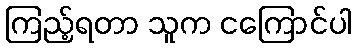
ကြည့်ရတာ သူက ငကြောင်ပါ